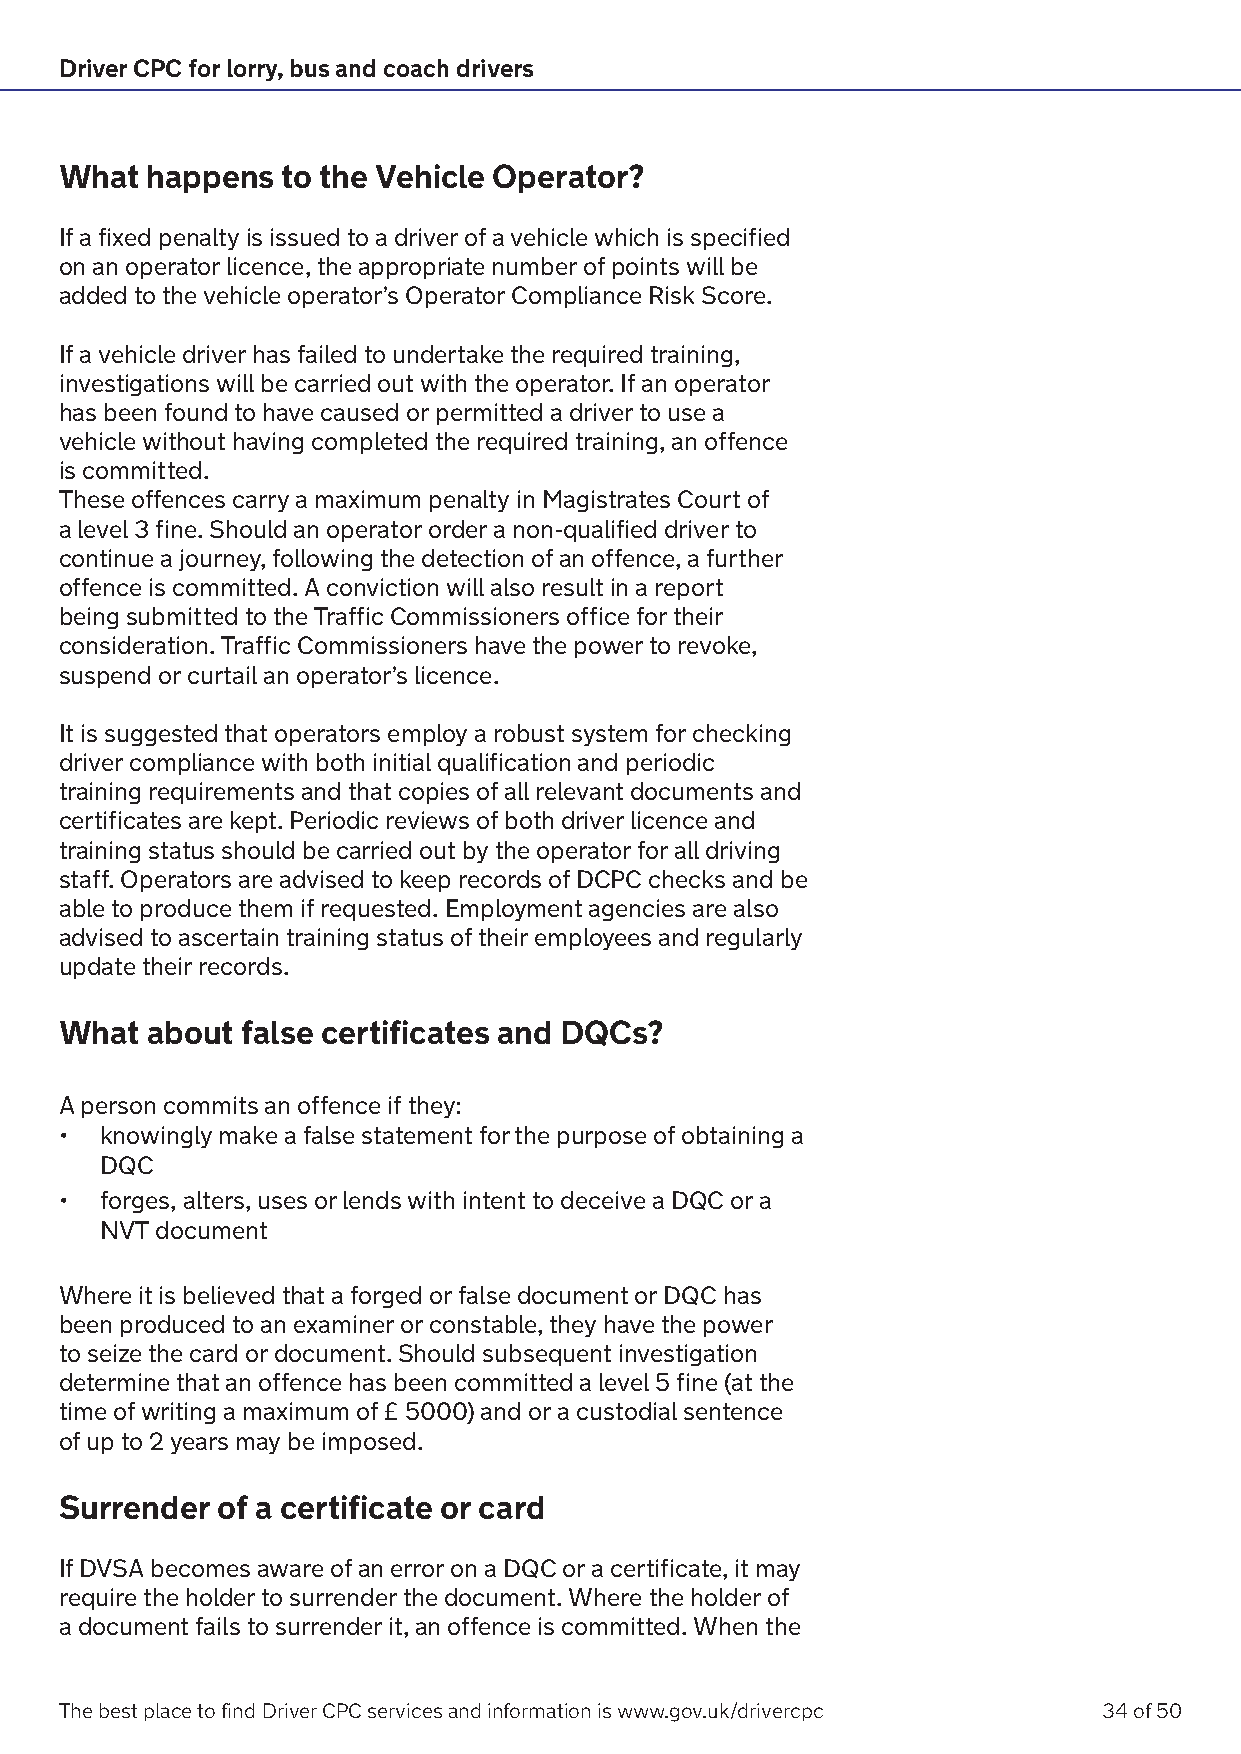
Driver CPC for lorry, bus and coach drivers
 What  happens  to the Vehicle Operator?
 If a fixed penalty is issued to a driver of a vehicle which is specified
 on an operator licence, the appropriate number of points will be
 added to the vehicle operator’s Operator Compliance Risk Score.
 If a vehicle driver has failed to undertake the required training,
 investigations will be carried out with the operator. If an operator
 has been found to have caused or permitted a driver to use a
 vehicle without having completed the required training, an offence
 is committed.
 These offences carry a maximum penalty in Magistrates Court of
 a level 3 fine. Should an operator order a non-qualified driver to
 continue a journey, following the detection of an offence, a further
 offence is committed. A conviction will also result in a report
 being submitted to the Traffic Commissioners office for their
 consideration. Traffic Commissioners have the power to revoke,
 suspend or curtail an operator’s licence.
 It is suggested that operators employ a robust system for checking
 driver compliance with both initial qualification and periodic
 training requirements and that copies of all relevant documents and
 certificates are kept. Periodic reviews of both driver licence and
 training status should be carried out by the operator for all driving
 staff. Operators are advised to keep records of DCPC checks and be
 able to produce them if requested. Employment agencies are also
 advised to ascertain training status of their employees and regularly
 update their records.
 What  about false certificates and DQCs?
 A person commits an offence if they:
 •  knowingly make a false statement for the purpose of obtaining a
 DQC
 •  forges, alters, uses or lends with intent to deceive a DQC or a
 NVT document
 Where it is believed that a forged or false document or DQC has
 been produced to an examiner or constable, they have the power
 to seize the card or document. Should subsequent investigation
 determine that an offence has been committed a level 5 fine (at the
 time of writing a maximum of £ 5000) and or a custodial sentence
 of up to 2 years may be imposed.
 Surrender of a certificate or card
 If DVSA becomes aware of an error on a DQC or a certificate, it may
 require the holder to surrender the document. Where the holder of
 a document fails to surrender it, an offence is committed. When the
 The best place to find Driver CPC services and information is www.gov.uk/drivercpc 34 of 50